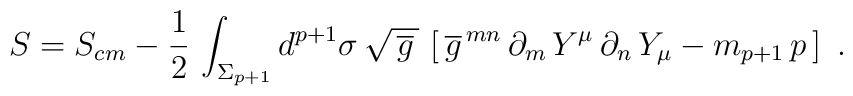
S=S_{cm}  -{1\over 2}\, \int_{\Sigma_{p+1}} d^{ p+1}\sigma\,         \sqrt{\, \overline g\, }\,        \left[\, \overline{g}^{\,  m n}\, \partial_m \, Y^\mu\,        \partial_n\,  Y_\mu -m_{p+1}\, p\, \right]\ .